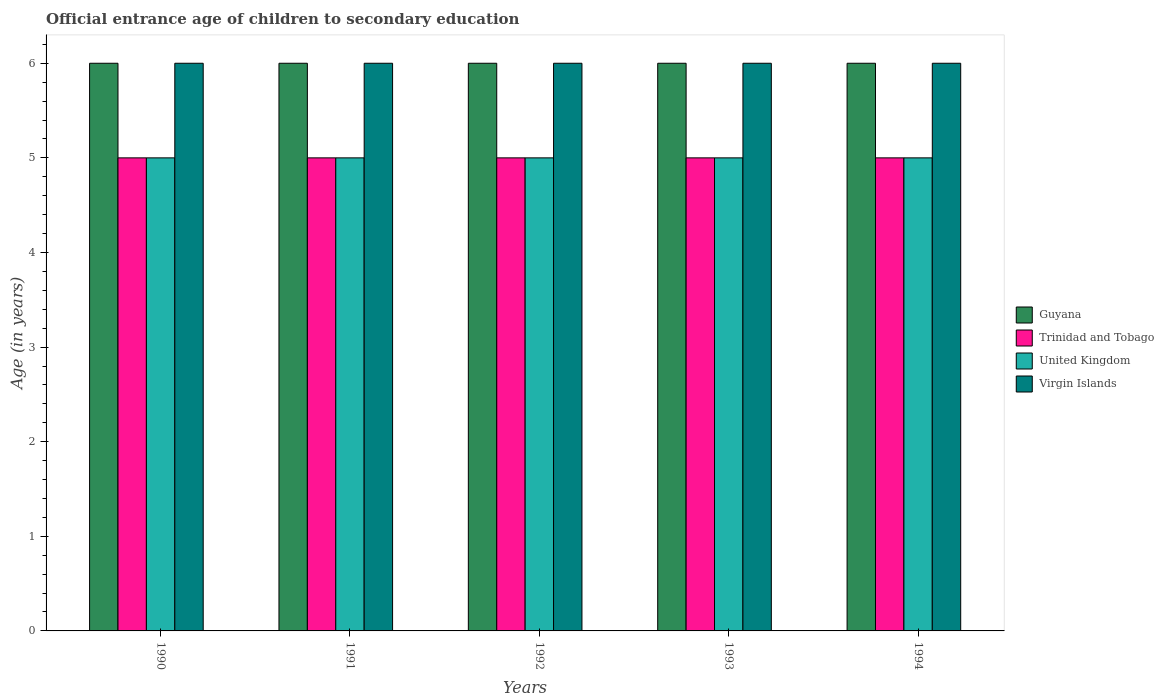
| Years | Guyana | Trinidad and Tobago | United Kingdom | Virgin Islands |
 | --- | --- | --- | --- | --- |
 | 1990 | 6 | 5 | 5 | 6 |
 | 1991 | 6 | 5 | 5 | 6 |
 | 1992 | 6 | 5 | 5 | 6 |
 | 1993 | 6 | 5 | 5 | 6 |
 | 1994 | 6 | 5 | 5 | 6 |